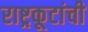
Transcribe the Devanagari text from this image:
राष्ट्रकूटांची